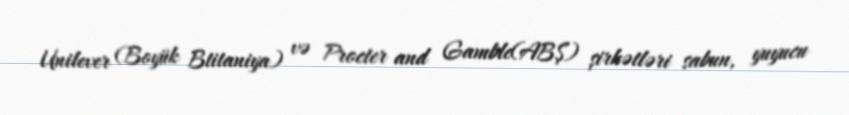
Unilever (Boyük Btitaniya) və Procter and Gamble(ABŞ) şirkətləri sabun, yuyucu